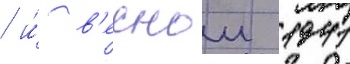
/ и́ в'еснои 1941